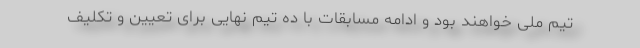
تیم ملی خواهند بود و ادامه مسابقات با ده تیم نهایی برای تعیین و تکلیف